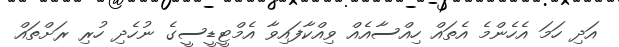
އަދި ހަމަ އެހެންމެ އެތައް ހިއްސާއެއް ވިއްކާފައިވާ އެމްޓީޑީސީގެ ނުހެދި ހުރި ރަށްތައް